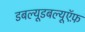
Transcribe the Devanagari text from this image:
डबल्यूडबल्यूऍफ़